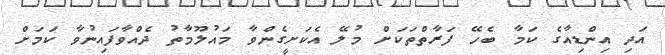
އަދި އިންޑިއާގެ ކަމާ ބެހޭ ފަރާތްތަކަށް މުލޭ އެކަށީގެންވާ މައުލޫމާތު ދެއްވާފައިނުވާ ކަމަށް